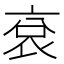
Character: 袞